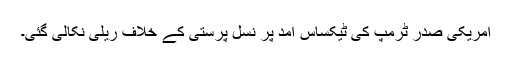
امریکی صدر ٹرمپ کی ٹیکساس آمد پر نسل پرستی کے خلاف ریلی نکالی گئی۔